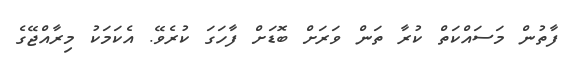
ފާތުން މަސައްކަތް ކުރާ ތަން ވަރަށް ބޮޑަށް ފާހަގަ ކުރެވޭ. އެކަމަކު މިރާއްޖޭގެ